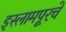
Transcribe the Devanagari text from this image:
इस्लामपूरचे